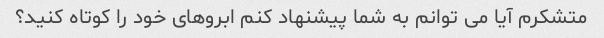
متشکرم آیا می توانم به شما پیشنهاد کنم ابروهای خود را کوتاه کنید؟